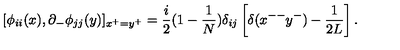
[ \phi _ { i i } ( x ) , \partial _ { - } \phi _ { j j } ( y ) ] _ { x ^ { + } = y ^ { + } } = \frac { i } { 2 } ( 1 - \frac { 1 } { N } ) \delta _ { i j } \left[ \delta ( x ^ { -- } y ^ { - } ) - \frac { 1 } { 2 L } \right] .